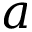
a